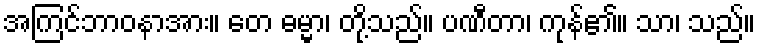
အကြင်ဘာဝနာအား။ တေ ဓမ္မာ၊ တို့သည်။ ပဏီတာ၊ ကုန်၏။ သာ၊ သည်။